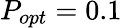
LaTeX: P_{opt}=0.1